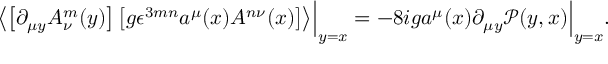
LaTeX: \left\langle \left[ \partial _ { \mu y } A _ { \nu } ^ { m } ( y ) \right] \left[ g \epsilon ^ { 3 m n } a ^ { \mu } ( x ) A ^ { n \nu } ( x ) \right] \right\rangle \Bigr | _ { y = x } = - 8 i g a ^ { \mu } ( x ) \partial _ { \mu y } \mathcal P ( y , x ) \Bigr | _ { y = x } .